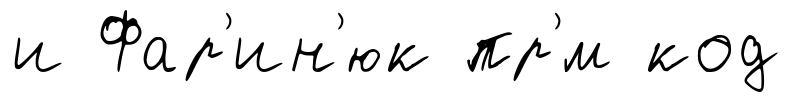
и Фар'ин'юк пр'́м код